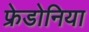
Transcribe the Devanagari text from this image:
फ्रेडोनिया